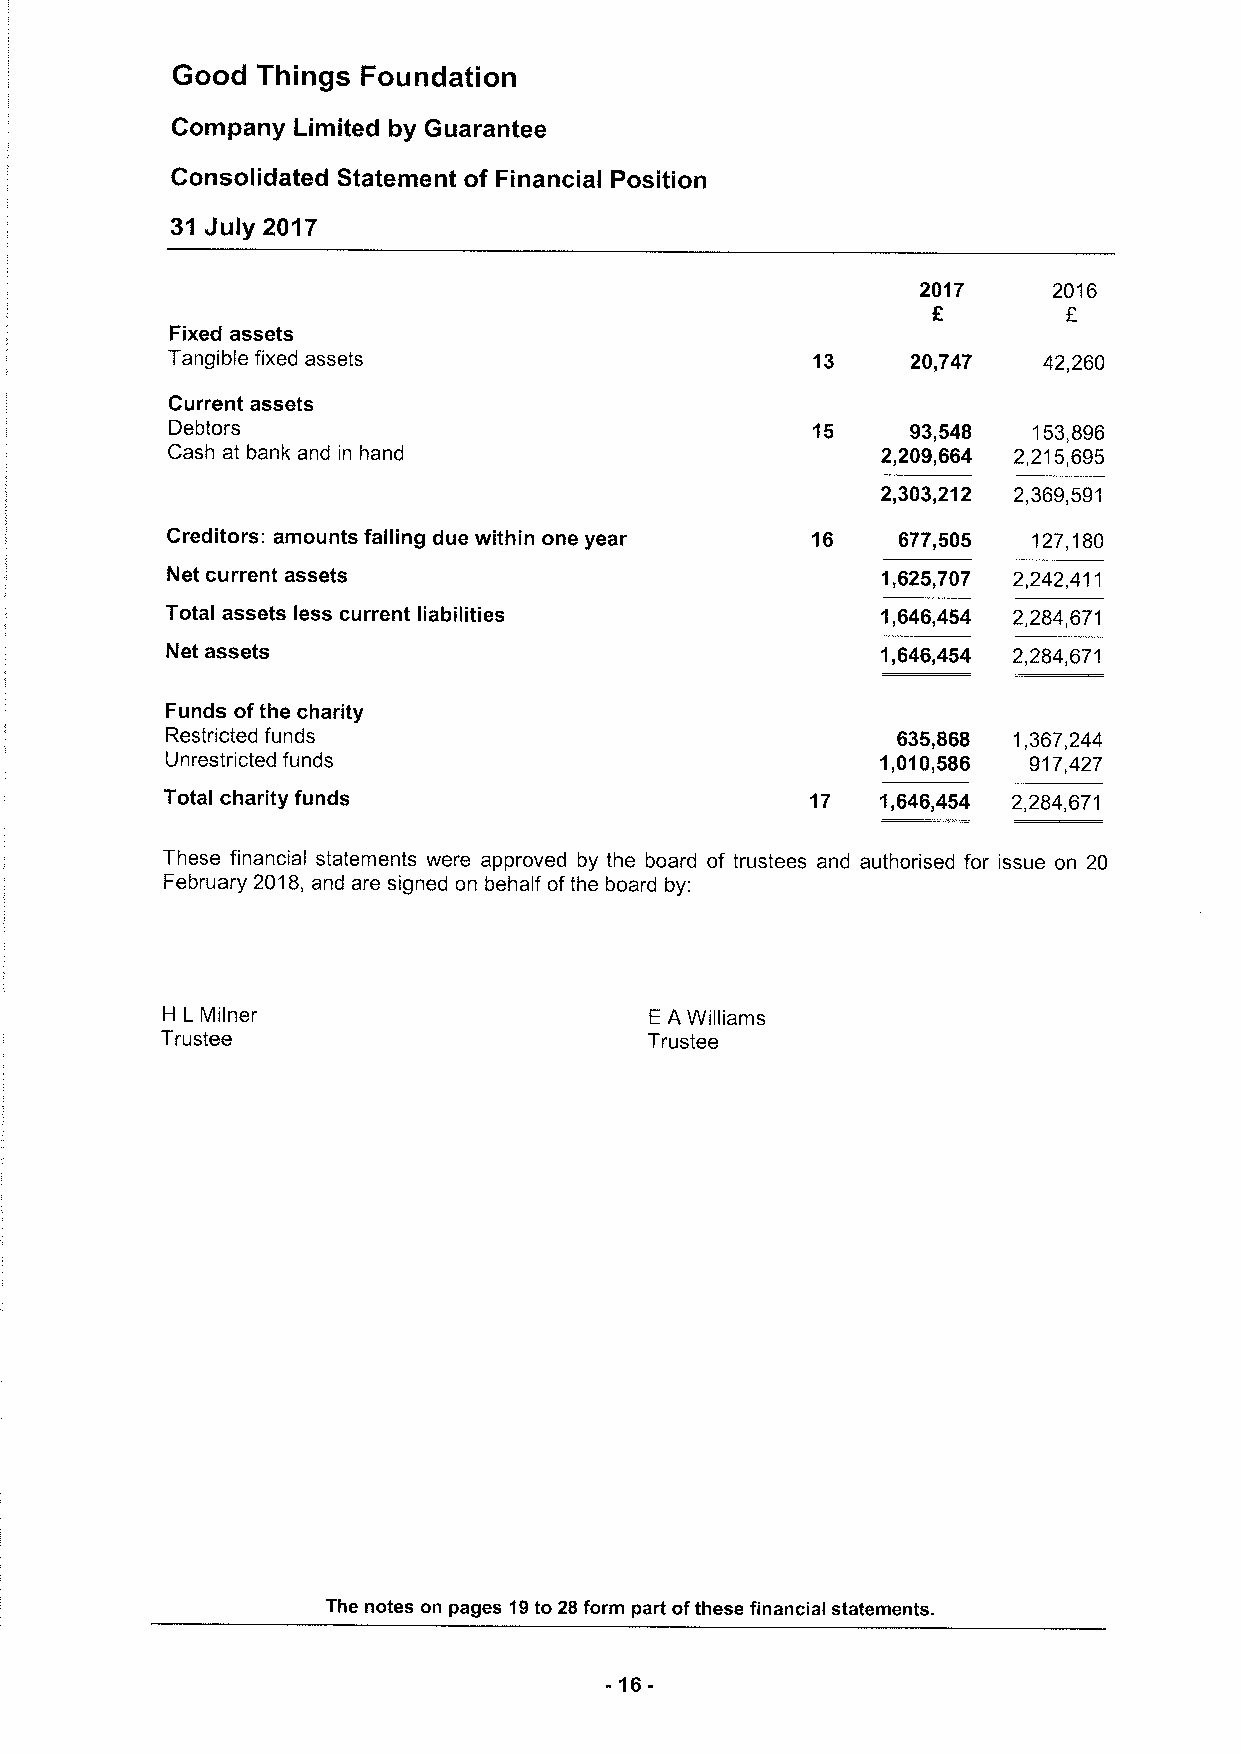
Good  Things Foundation
 Company Limited by Guarantee
 Consolidated Statement of Financial Position
 31 July 2017
 2017     2016
 E
 Fixed assets
 Tangible fixed assets                      13    20,747   42,260
 Current assets
 Debtors                                    15    93,548  153,896
 Cash at bank and in hand                       2,209,664 2,215,695
 2,303,212 2,369,591
 Creditors: amounts falling due within one year 16 677,505 127,180
 Net current assets                             1,625,707 2,242,411
 Total assets less current liabilities          1,646,454 2,284,671
 Net assets                                     1,646,454 2,284,671
 Funds ofthe charity
 Restricted funds                                635,868 1,367,244
 Unrestricted funds                             1,010,586 917,427
 Total charity funds                        17  1,646,454 2,284,671
 These financial statements were approved by the board of trustees and authorised for issue on 20
 February 2018, and are signed on behalf ofthe board by:
 H L Milner                      EA Williams
 Trustee                         Trustee
 The notes on pages 19to 28form part ofthese financial statements.
 -16-